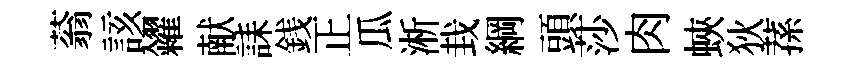
蓊該糴献誄銭正瓜淅㘽綱頭莎肉蛺狄蓀